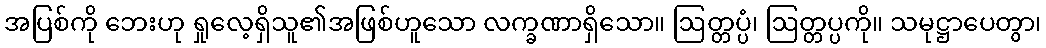
အပြစ်ကို ဘေးဟု ရှုလေ့ရှိသူ၏အဖြစ်ဟူသော လက္ခဏာရှိသော။ ဩတ္တပ္ပံ၊ ဩတ္တပ္ပကို။ သမုဋ္ဌာပေတွာ၊